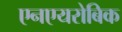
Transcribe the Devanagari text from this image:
एनएयरोबिक